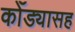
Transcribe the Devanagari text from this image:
कोँड्यासह